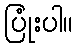
ပြုံးပါ။